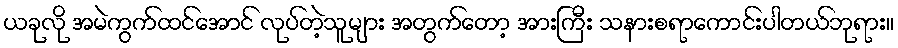
ယခုလို အမဲကွက်ထင်အောင် လုပ်တဲ့သူများ အတွက်တော့ အားကြီး သနားစရာကောင်းပါတယ်ဘုရား။